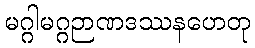
မဂ္ဂါမဂ္ဂဉာဏဒဿနဟေတု